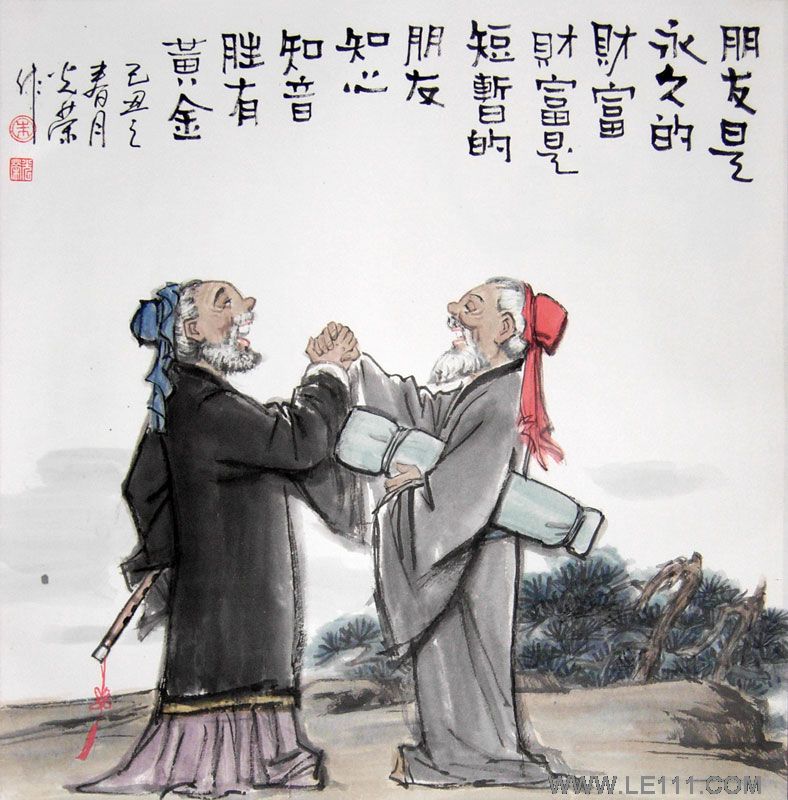
梓匠轮舆，能与人规矩，不能使人巧。